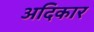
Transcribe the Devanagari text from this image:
अदिकार